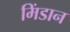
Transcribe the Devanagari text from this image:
मिंडान